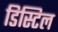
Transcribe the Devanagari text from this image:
डिस्टिल